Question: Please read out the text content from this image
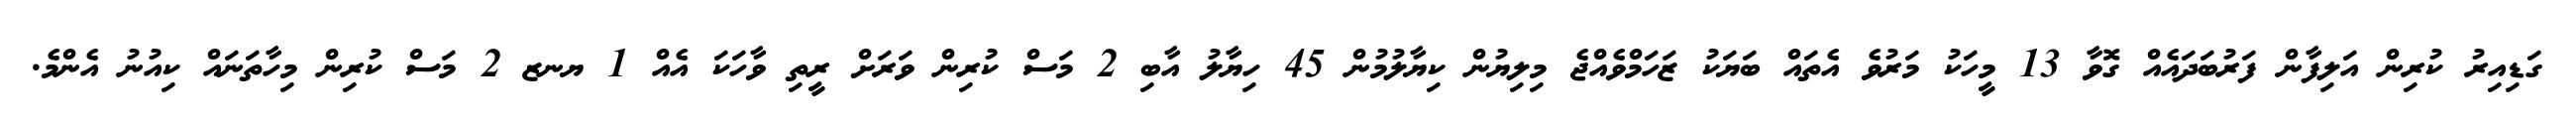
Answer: ގަޑިއިރު ކުރިން އަލިފާން ފަރުބަދައެއް ގޮވާ 13 މީހަކު މަރުވެ އެތައް ބަޔަކު ޒަހަމްވެއްޖެ މިލިޔުން ކިޔާލުމުން 45 ހިޔާލު އާބި 2 މަސް ކުރިން ވަރަށް ރީތި ވާހަކަ އެއް 1 ޔނޒ 2 މަސް ކުރިން މިހާތަނައް ކިއުނު އެންމެ.